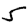
Digit: 5